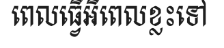
ពេលធ្វើអីពេលខ្លះទៅ